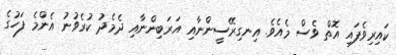
ކައިރިވެފައި އޮތް ވެސް މެއެވެ. އިނގިރޭސީންނާއި އަރަބިންނާއި ދެމެދު ކުރެވުނު އެންމެ ފަހުގެ